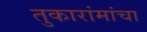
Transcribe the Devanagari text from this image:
तुकारांमांचा